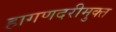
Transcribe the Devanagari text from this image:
हागणदरीमुक्त